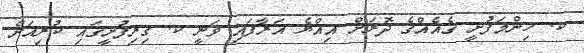
ކ. ހިންމަފުށީ ގެއެއްގެ ދޮރަށް އިއްޔެ އަރާފައި ވަނީ ކ. ގިރިފުށީގައި ކުރިއަށް